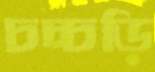
চচ্চড়ি